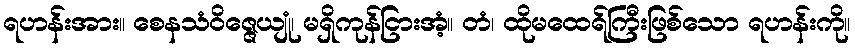
ရဟန်းအား။ စေနသံဝိဇ္ဇေယျုံ၊ မရှိကုန်ငြားအံ့။ တံ၊ ထိုမထေရ်ကြီးဖြစ်သော ရဟန်းကို။